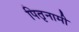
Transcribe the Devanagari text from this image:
पितृनामी